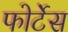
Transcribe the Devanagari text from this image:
फोर्टेस